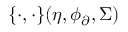
\{ \cdot , \cdot \} ( \eta , \phi _ { \partial } , \Sigma )